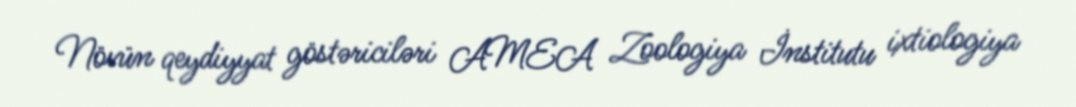
Növün qeydiyyat göstəriciləri AMEA Zoologiya İnstitutu ixtiologiya